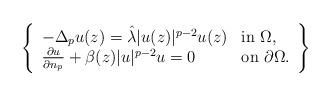
LaTeX: \begin{align*}\left\{\begin{array}{ll}-\Delta_p u(z)=\hat{\lambda}|u(z)|^{p-2}u(z)&\mbox{in}\ \Omega,\\\frac{\partial u}{\partial n_p}+\beta(z)|u|^{p-2}u=0&\mbox{on}\ \partial\Omega.\end{array}\right\}\end{align*}